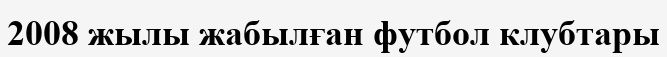
2008 жылы жабылған футбол клубтары